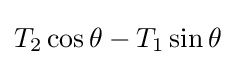
T_{2}\cos \theta -T_{1}\sin \theta